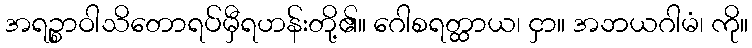
အရဉ္စာဝါသိတောရပ်မှီရဟန်းတို့၏။ ဂေါစရတ္ထာယ၊ ငှာ။ အဘယဂါမံ၊ ကို။